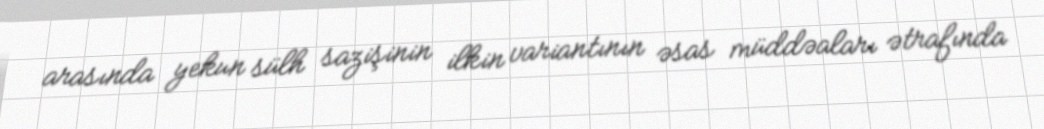
arasında yekun sülh sazişinin ilkin variantının əsas müddəaları ətrafında